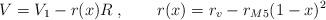
LaTeX: \begin{align*}V = V_1-r(x)R \; , \qquad r(x) = r_v-r_{M5}(1-x)^2 \end{align*}